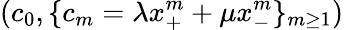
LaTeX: (c_{0},\{ c_{m}=\lambda x_{+}^{m}+\mu x_{-}^{m}\} _{m\ge 1})